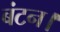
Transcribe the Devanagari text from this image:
बंटन।